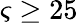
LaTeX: \varsigma\ge 25